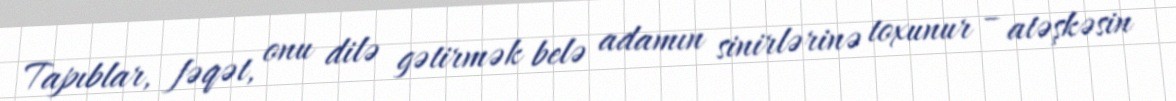
Tapıblar, fəqət, onu dilə gətirmək belə adamın sinirlərinə toxunur – atəşkəsin